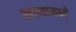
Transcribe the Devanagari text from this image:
आल्यामध्ये